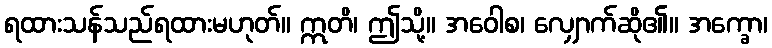
ရထားသန်သည်ရထားမဟုတ်။ ဣတိ၊ ဤသို့။ အဝေါစ၊ လျှောက်ဆို၏။ အက္ခော၊